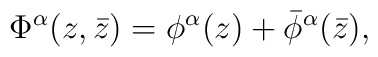
\Phi^\alpha(z,\bar z) = \phi^\alpha(z) + \bar\phi^\alpha(\bar z),